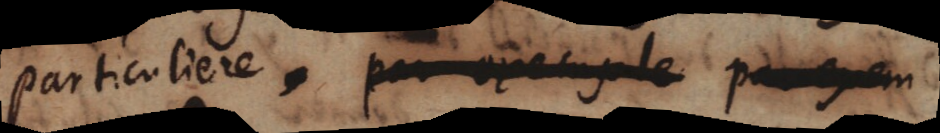
particuliere,